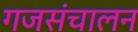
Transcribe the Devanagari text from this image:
गजसंचालन